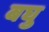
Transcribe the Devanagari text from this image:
बघु